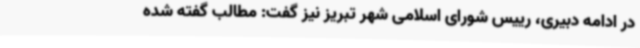
در ادامه دبیری، رییس شورای اسلامی شهر تبریز نیز گفت: مطالب گفته شده